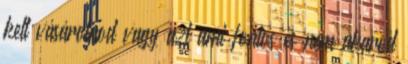
kell vásárolnod vagy azt ami fontos és nem akarod